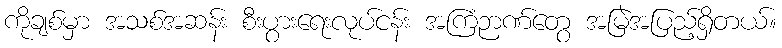
ကိုချစ်မှာ အသစ်အဆန်း စီးပွားရေးလုပ်ငန်း အကြံဉာဏ်တွေ အမြဲအပြည့်ရှိတယ်။